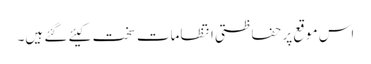
اس موقع پر حفاظتی انتظامات سخت کیئے گئے ہیں۔